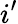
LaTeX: i^{\prime}